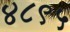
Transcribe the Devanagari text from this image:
४८९५